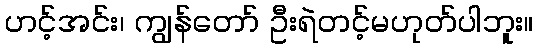
ဟင့်အင်း၊ ကျွန်တော် ဦးရဲတင့်မဟုတ်ပါဘူး။